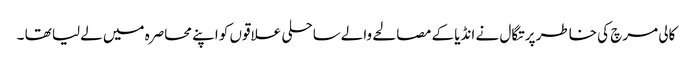
کالی مرچ کی خاطر پرتگال نے انڈیا کے مصالحے والےساحلی علاقوں کو اپنے محاصرہ میں لےلیا تھا ۔